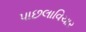
પાછલાવિચાર